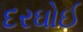
દરઘોઈ